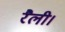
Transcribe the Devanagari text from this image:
रैली।